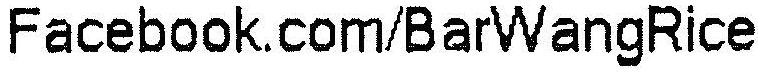
FACEBOOK.COM/BARWANGRICE